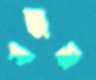
যাতাম